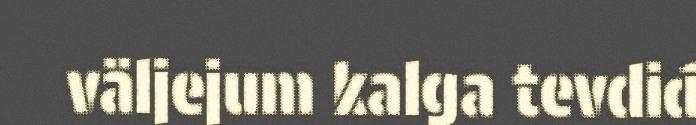
väljejum kalga tevdiđ